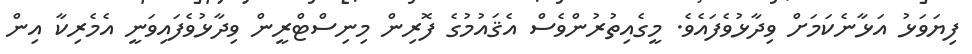
ފިޔަވަޅު އަޅާނެކަމަށް ވިދާޅުވެފައެވެ. މީގެއިތުރުންވެސް އެޤައުމުގެ ފޮރިން މިނިސްޓްރީން ވިދާޅުވެފައިވަނީ އެމެރިކާ އިން